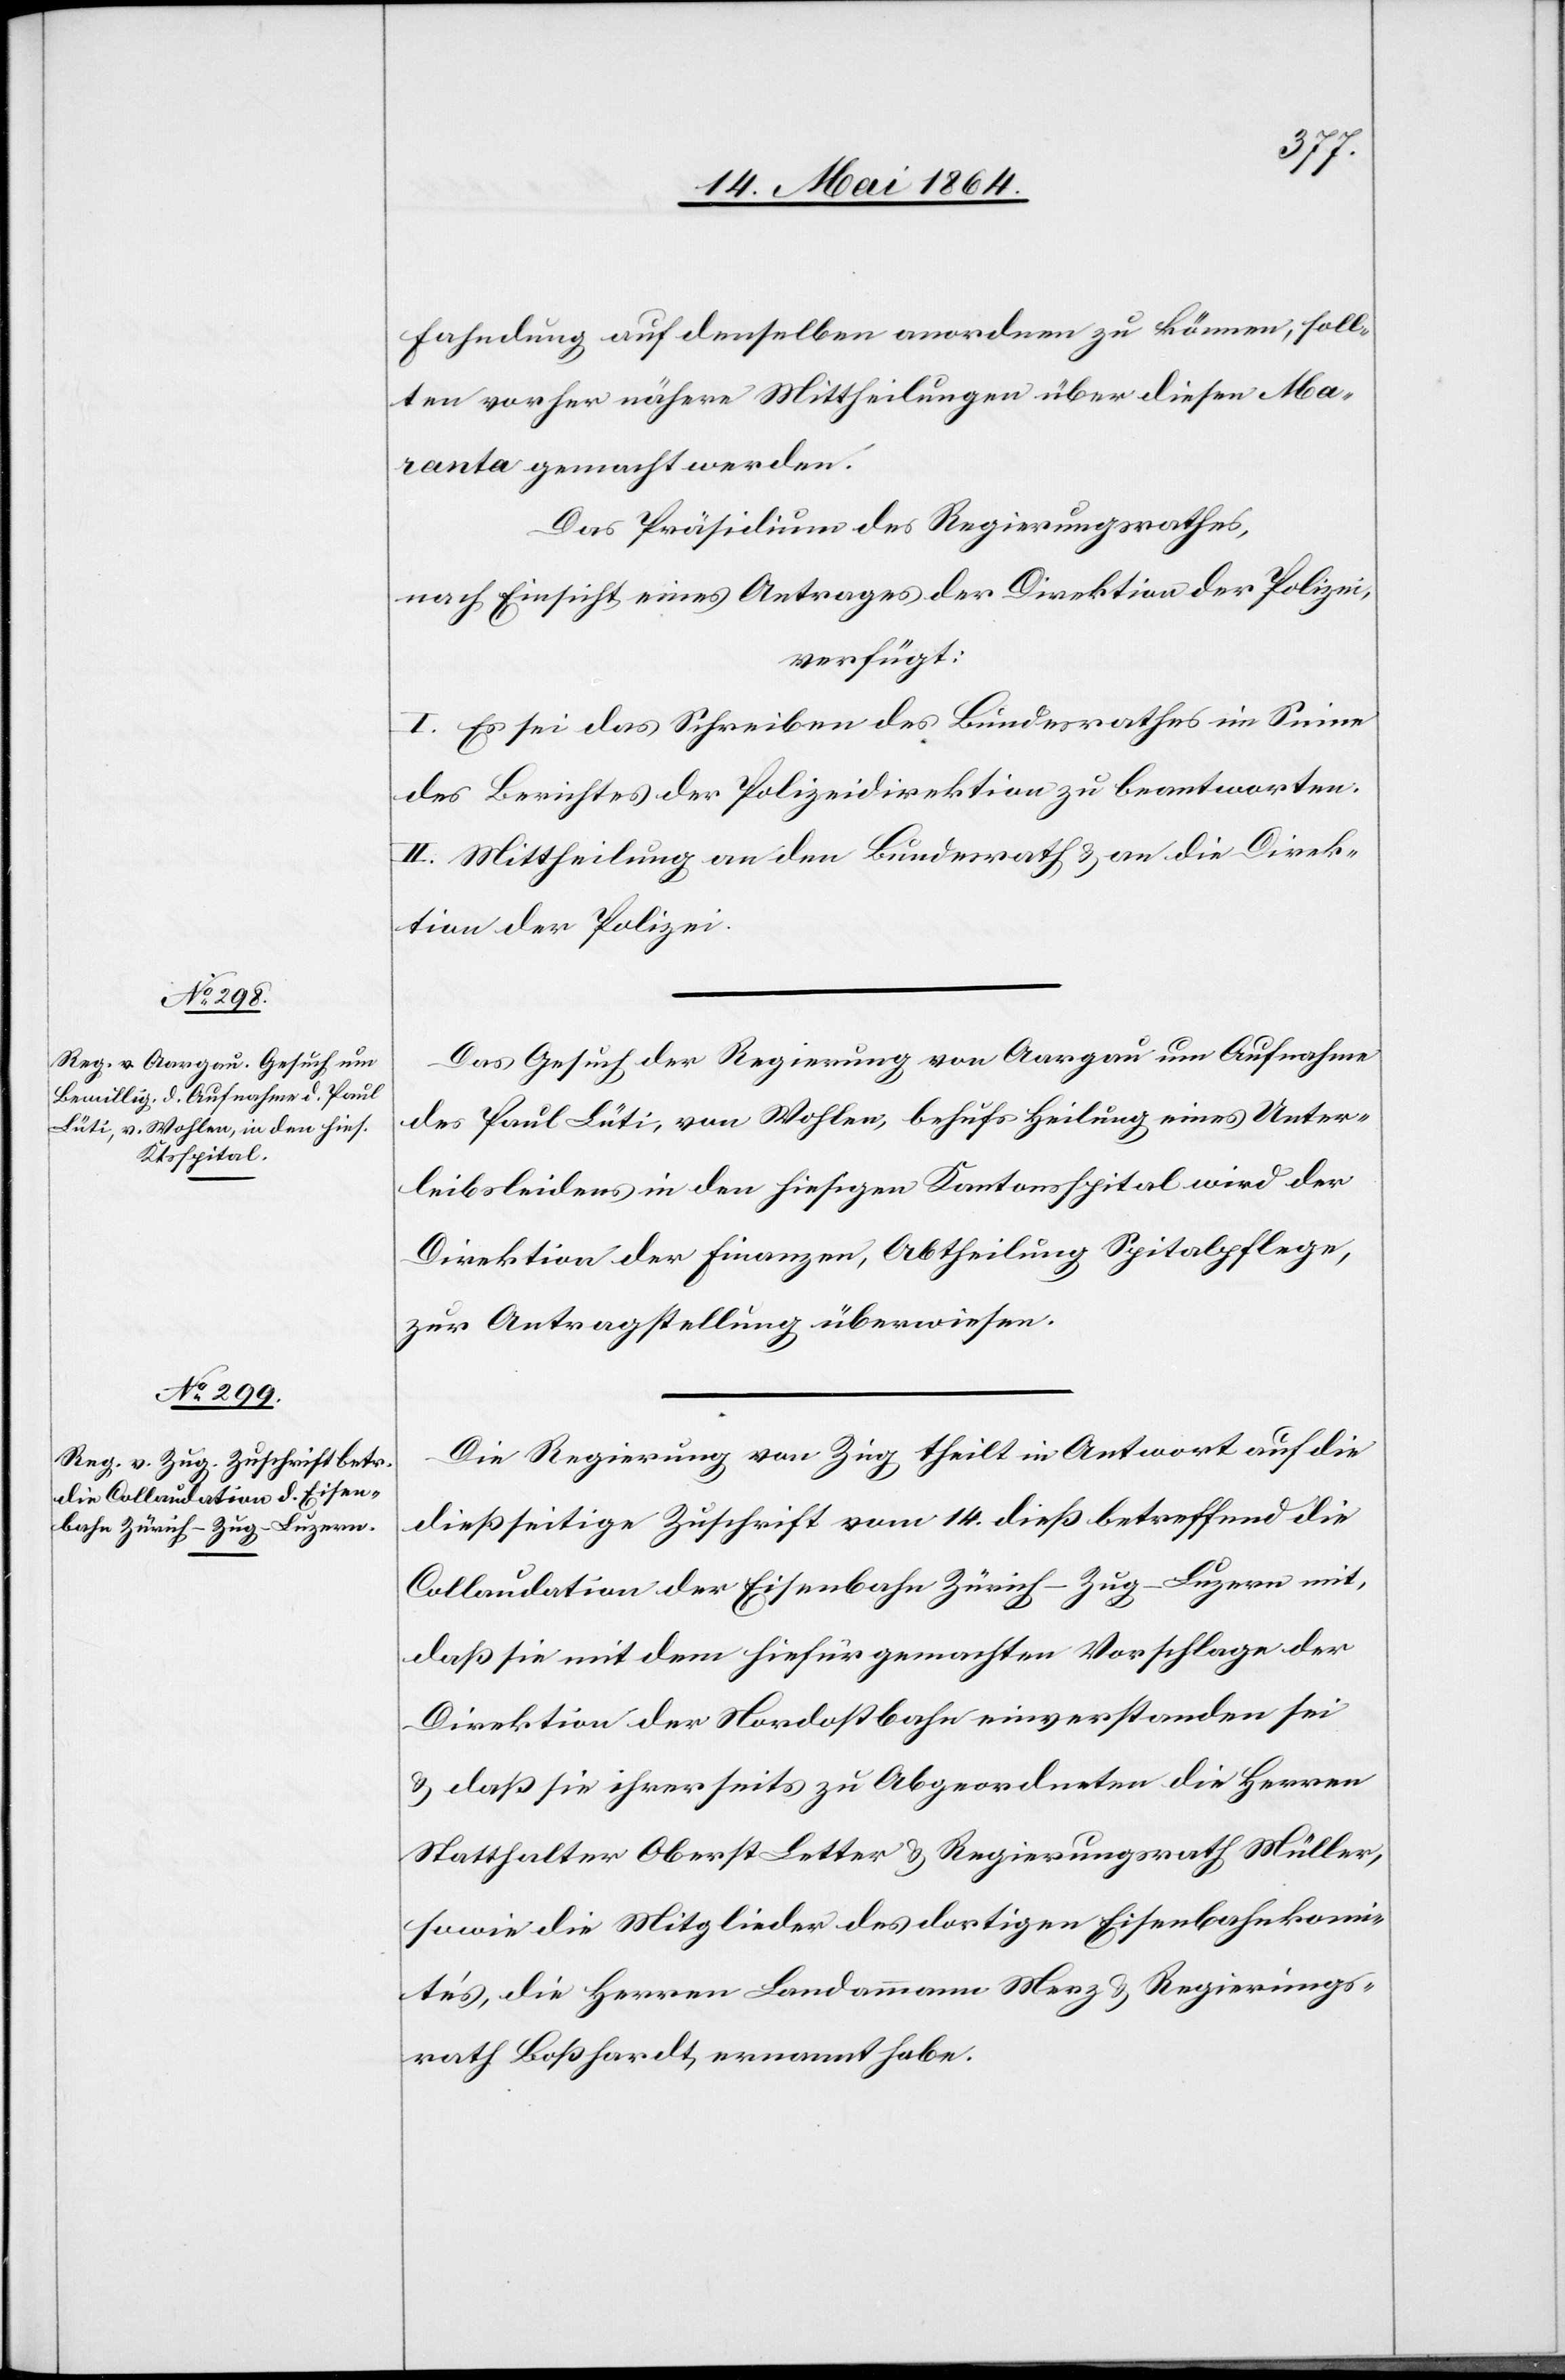
20. Mai 1864.]
Fahndung auf denselben anordnen zu können, soll¬
ten vorher nähere Mittheilungen über diesen Mar¬
anta gemacht werden.
Das Präsidium des Regierungsrathes,
nach Einsicht eines Antrages der Direktion der Polizei,
verfügt:
I. Es sei das Schreiben des Bundesrathes im Sinne
des Berichtes der Polizeidirektion zu beantworten.
II. Mittheilung an den Bundesrath u. an die Direk¬
tion der Polizei.
Das Gesuch der Regierung von Aargau um Aufnahme
des Paul Lüti, von Wohlen, behufs Heilung eines Unter¬
leibsleidens in den hiesigen Kantonsspital wird der
Direktion der Finanzen, Abtheilung Spitalpflege,
zur Antragstellung überwiesen.
Die Regierung von Zug theilt in Antwort auf die
dießseitige Zuschrift vom 14. dieß betreffend die
Collaudation der Eisenbahn Zürich–Zug–Luzern mit,
daß sie mit dem hierfür gemachten Vorschlage der
Direktion der Nordostbahn einverstanden sei
u. daß sie ihrerseits zu Abgeordneten die Herren
Statthalter Oberst Letter u. Regierungsrath Müller,
sowie die Mitglieder des dortigen Eisenbahnkomi¬
tés, die Herren Landammann Menz u. Regierungs¬
rath Boßhardt, ernannt habe.